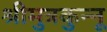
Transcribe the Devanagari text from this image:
श्रीमुत्रकुन्नू